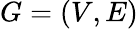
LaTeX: G=(V,E)